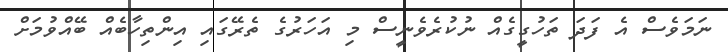
ނަމަވެސް އެ ފަދަ ތަހުގީގެއް ނުކުރެވެނީސް މި އަހަރުގެ ތެރޭގައި އިންތިހާބެއް ބޭއްވުމަށް